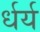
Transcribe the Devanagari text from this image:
र्धर्य